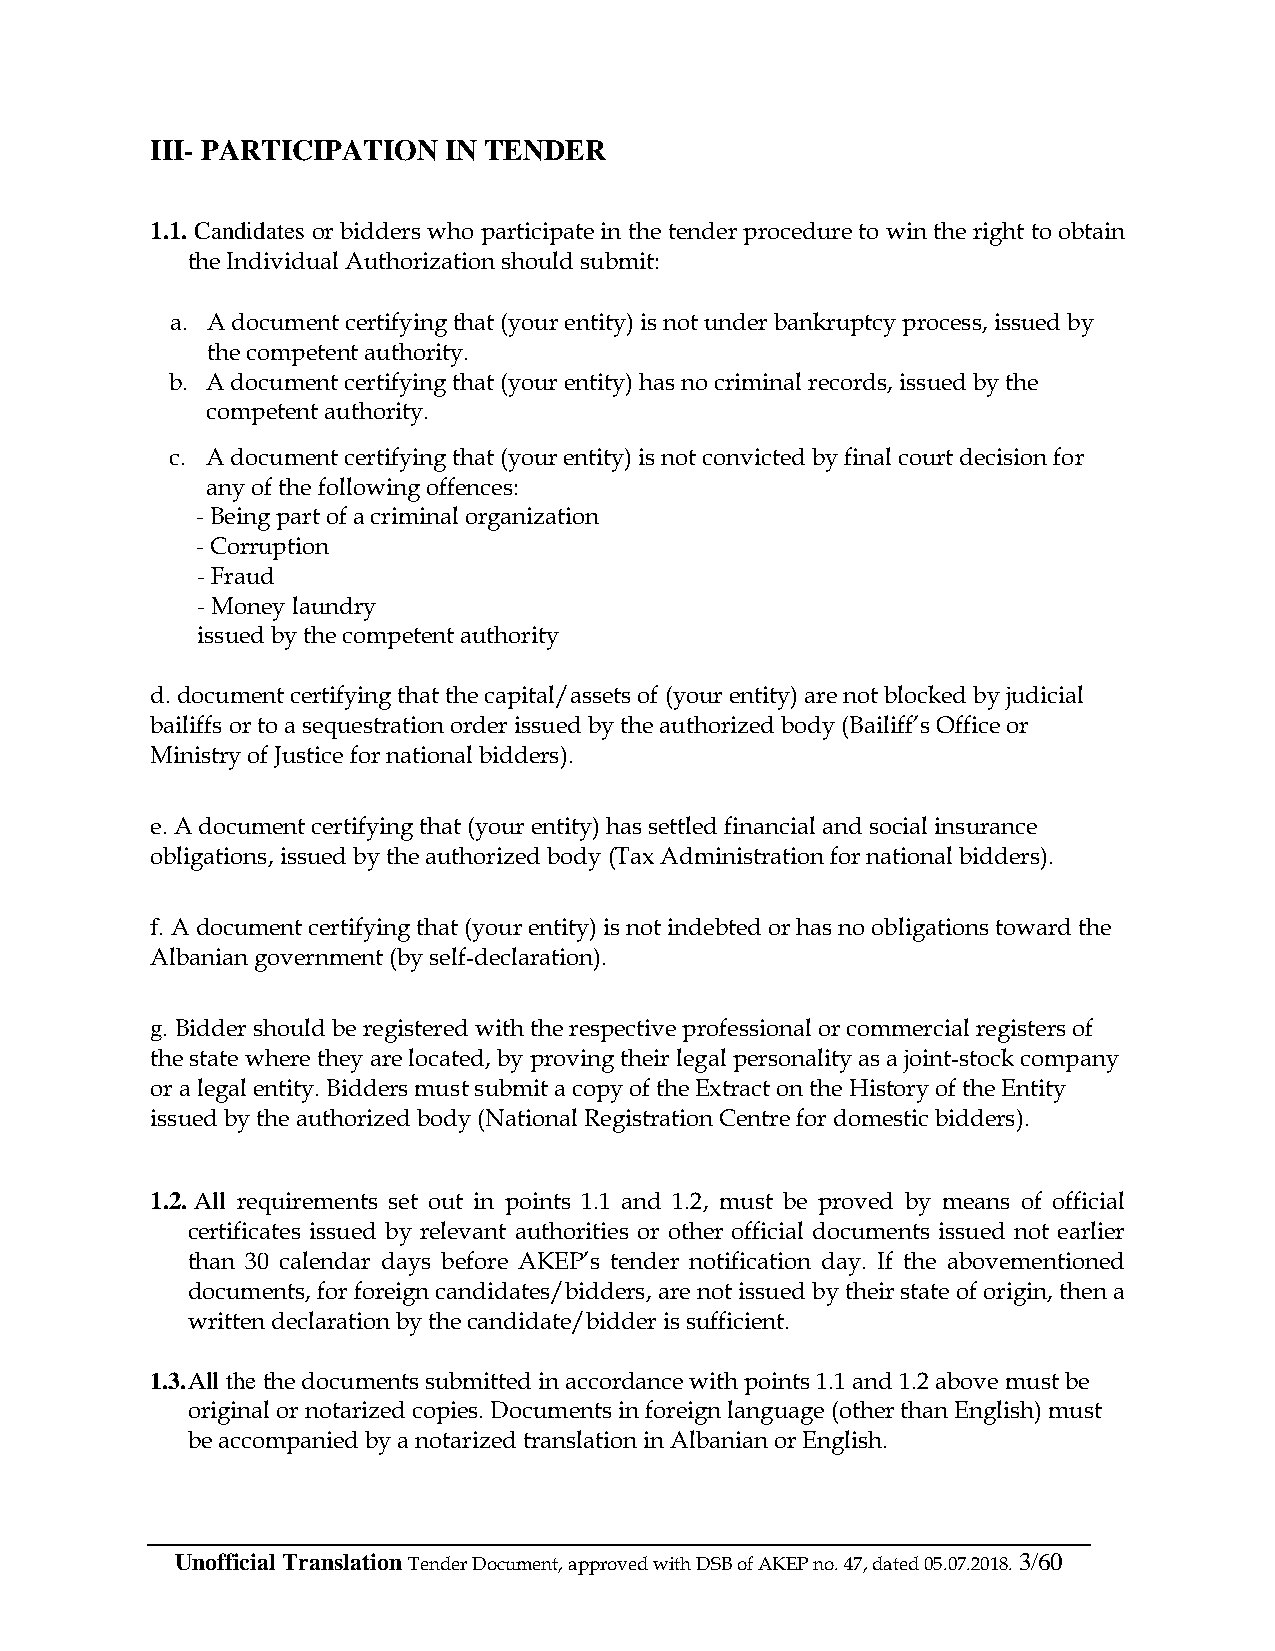
III- PARTICIPATION IN TENDER
 1.1. Candidates or bidders who participate in the tender procedure to win the right to obtain
 the Individual Authorization should submit:
 a. A document certifying that (your entity) is not under bankruptcy process, issued by
 the competent authority.
 b. A document certifying that (your entity) has no criminal records, issued by the
 competent authority.
 c. A document certifying that (your entity) is not convicted by final court decision for
 any of the following offences:
 - Being part of a criminal organization
 - Corruption
 - Fraud
 - Money laundry
 issued by the competent authority
 d. document certifying that the capital/assets of (your entity) are not blocked by judicial
 bailiffs or to a sequestration order issued by the authorized body (Bailiff’s Office or
 Ministry of Justice for national bidders).
 e. A document certifying that (your entity) has settled financial and social insurance
 obligations, issued by the authorized body (Tax Administration for national bidders).
 f. A document certifying that (your entity) is not indebted or has no obligations toward the
 Albanian government (by self-declaration).
 g. Bidder should be registered with the respective professional or commercial registers of
 the state where they are located, by proving their legal personality as a joint-stock company
 or a legal entity. Bidders must submit a copy of the Extract on the History of the Entity
 issued by the authorized body (National Registration Centre for domestic bidders).
 1.2. All requirements set out in points 1.1 and 1.2, must be proved by means of official
 certificates issued by relevant authorities or other official documents issued not earlier
 than 30 calendar days before AKEP’s tender notification day. If the abovementioned
 documents, for foreign candidates/bidders, are not issued by their state of origin, then a
 written declaration by the candidate/bidder is sufficient.
 1.3. All the the documents submitted in accordance with points 1.1 and 1.2 above must be
 original or notarized copies. Documents in foreign language (other than English) must
 be accompanied by a notarized translation in Albanian or English.
 Unofficial Translation Tender Document, approved with DSB of AKEP no. 47, dated 05.07.2018. 3/60